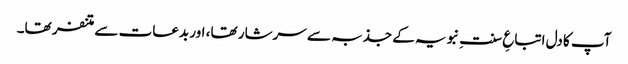
آپ کا دل اتباعِ سنتِ نبویہ کے جذبہ سے سرشار تھا، اور بدعات سے متنفر تھا۔